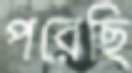
পরেছি